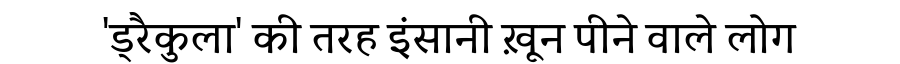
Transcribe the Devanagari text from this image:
'ड्रैकुला' की तरह इंसानी ख़ून पीने वाले लोग